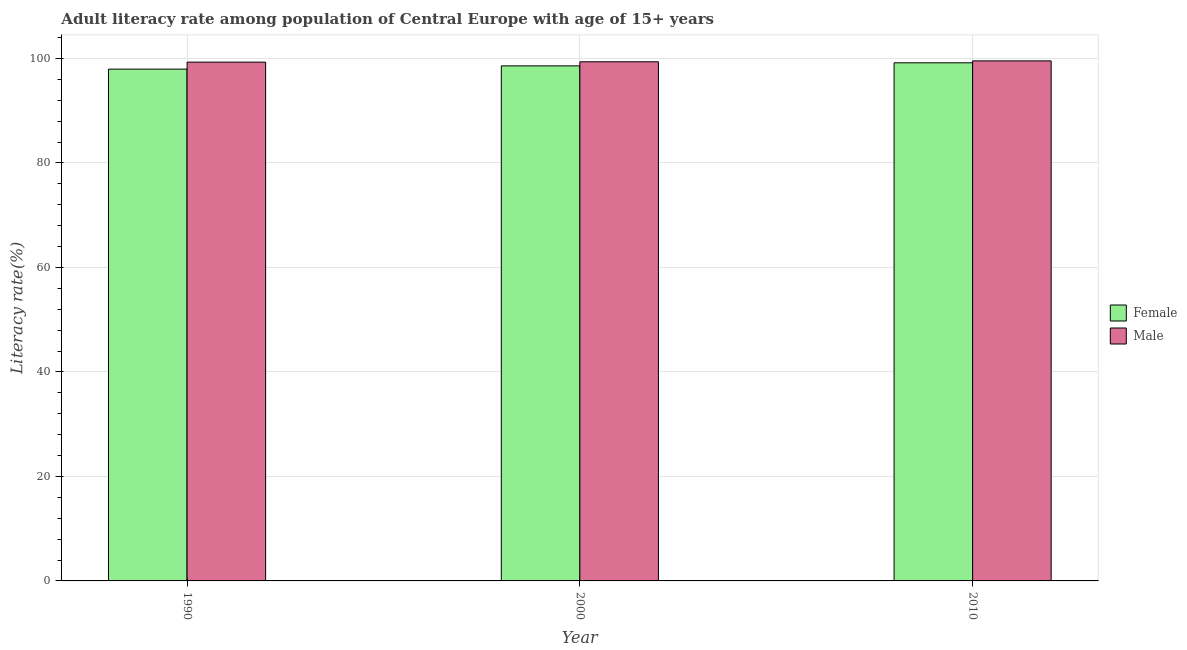
| Year | Female | Male |
 | --- | --- | --- |
 | 1990 | 98 | 99.3 |
 | 2000 | 98.6 | 99.4 |
 | 2010 | 99.2 | 99.5 |